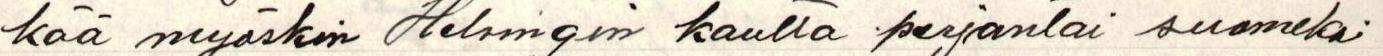
kää myöskin Helsingin kautta perjantai suomeksi